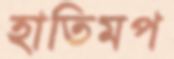
হাতিমপ